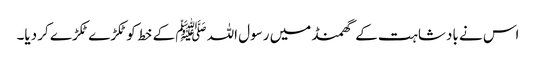
اس نے بادشاہت کے گھمنڈ میں رسول اللہ ﷺ کے خط کوٹکڑے ٹکڑے کر دیا۔